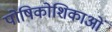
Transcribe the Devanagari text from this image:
पोषिकोशिकाओं